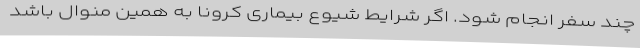
چند سفر انجام شود. اگر شرایط شیوع بیماری کرونا به همین منوال باشد